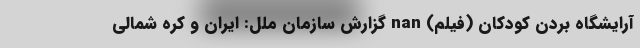
آرایشگاه بردن کودکان (فیلم) nan گزارش سازمان ملل: ایران و کره شمالی